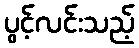
ပွင့်လင်းသည့်